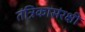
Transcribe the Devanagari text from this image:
तंत्रिकासंरक्षी